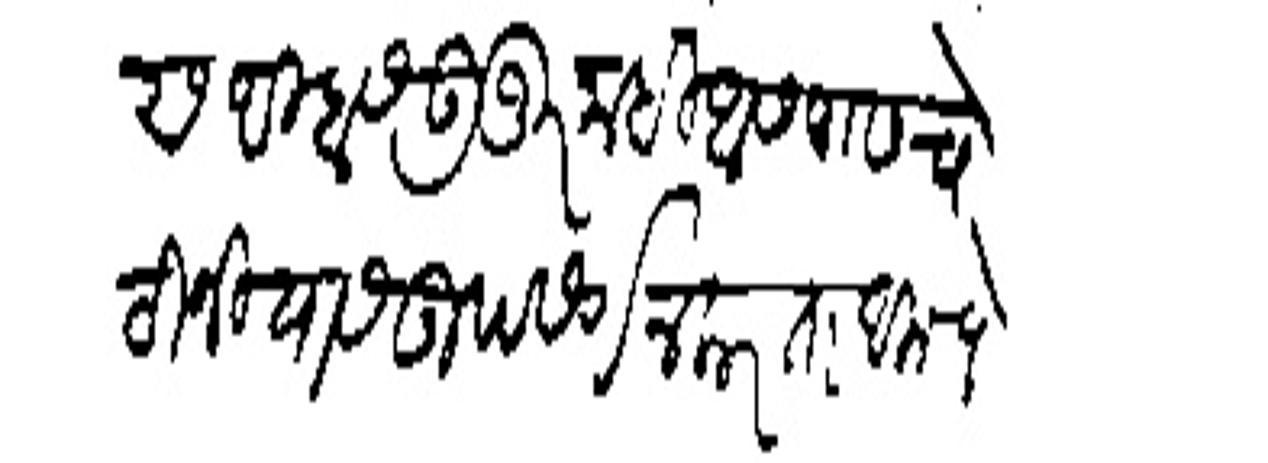
Transliteration (Devanagari): अम्हास उजूर नाही आसपासच ठानियास उपसर्ग न करता आमचे